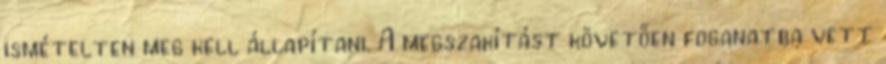
ismételten meg kell állapítani. A megszakítást követően foganatba vett